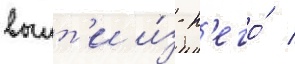
выит'и и́з н'его́ /